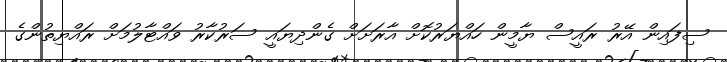
ސިފައިން އޭރު ރައީސް ޔާމީން ހައްޔަރުކޮށް އާރަށަށް ގެންދިޔައީ ސަރުކާރު ވައްޓާލުމަށް ރައްޔިތުންގެ